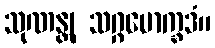
သုဏန္တု သဂ္ဂမောက္ခဒံ။